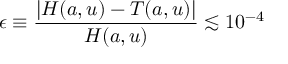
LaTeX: \epsilon \equiv { \frac { \vert H ( a , u ) - T ( a , u ) \vert } { H ( a , u ) } } \lesssim 1 0 ^ { - 4 }